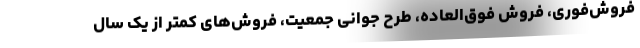
فروش‌فوری، فروش فوق‌العاده، طرح جوانی جمعیت، فروش‌های کمتر از یک سال